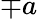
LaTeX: \mp a